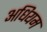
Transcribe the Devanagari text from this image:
अधियम